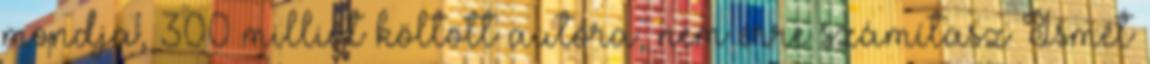
mondja, 300 milliót költött autóra, nem erre számítasz Ismét